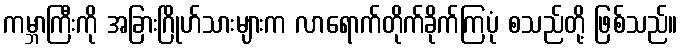
ကမ္ဘာကြီးကို အခြားဂြိုဟ်သားများက လာရောက်တိုက်ခိုက်ကြပုံ စသည်တို့ ဖြစ်သည်။